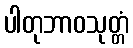
ပါတုဘာဝသုတ္တံ